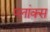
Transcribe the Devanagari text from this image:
प्लांक्स